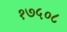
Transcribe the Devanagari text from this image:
१७५०८